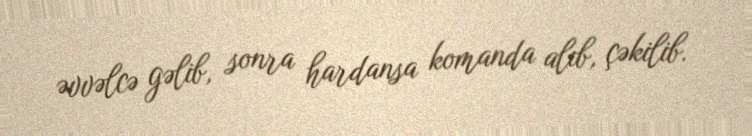
əvvəlcə gəlib, sonra hardansa komanda alıb, çəkilib.